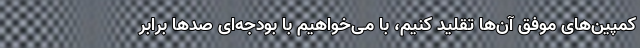
کمپین‌های موفق آن‌ها تقلید کنیم، با می‌خواهیم با بودجه‌ای صدها برابر